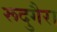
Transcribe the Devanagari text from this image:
रूदुगैरा